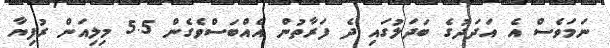
ނަމަވެސް އެ އަދަދުގެ ބަދަލުގައި ދެ ފަރާތުން އެއްބަސްވެގެން 5.5 މިލިއަން ރުފިޔާ